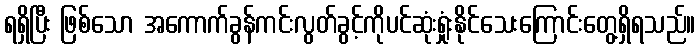
ရရှိပြီး ဖြစ်သော အကောက်ခွန်ကင်းလွတ်ခွင့်ကိုပင်ဆုံးရှုံးနိုင်သေးကြောင်းတွေ့ရှိရသည်။